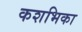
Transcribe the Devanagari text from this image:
कशभिका